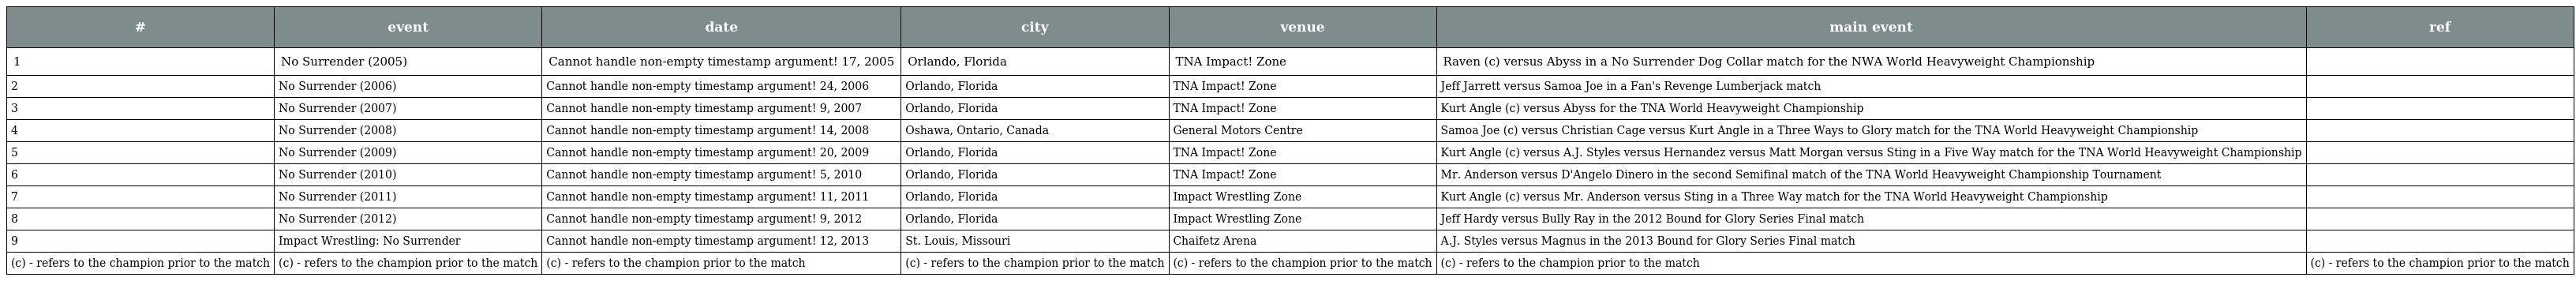
| # | event | date | city | venue | main event | ref |
 | --- | --- | --- | --- | --- | --- | --- |
 | 1 | No Surrender (2005) | Cannot handle non-empty timestamp argument! 17, 2005 | Orlando, Florida | TNA Impact! Zone | Raven (c) versus Abyss in a No Surrender Dog Collar match for the NWA World Heavyweight Championship |  |
 | 2 | No Surrender (2006) | Cannot handle non-empty timestamp argument! 24, 2006 | Orlando, Florida | TNA Impact! Zone | Jeff Jarrett versus Samoa Joe in a Fan's Revenge Lumberjack match |  |
 | 3 | No Surrender (2007) | Cannot handle non-empty timestamp argument! 9, 2007 | Orlando, Florida | TNA Impact! Zone | Kurt Angle (c) versus Abyss for the TNA World Heavyweight Championship |  |
 | 4 | No Surrender (2008) | Cannot handle non-empty timestamp argument! 14, 2008 | Oshawa, Ontario, Canada | General Motors Centre | Samoa Joe (c) versus Christian Cage versus Kurt Angle in a Three Ways to Glory match for the TNA World Heavyweight Championship |  |
 | 5 | No Surrender (2009) | Cannot handle non-empty timestamp argument! 20, 2009 | Orlando, Florida | TNA Impact! Zone | Kurt Angle (c) versus A.J. Styles versus Hernandez versus Matt Morgan versus Sting in a Five Way match for the TNA World Heavyweight Championship |  |
 | 6 | No Surrender (2010) | Cannot handle non-empty timestamp argument! 5, 2010 | Orlando, Florida | TNA Impact! Zone | Mr. Anderson versus D'Angelo Dinero in the second Semifinal match of the TNA World Heavyweight Championship Tournament |  |
 | 7 | No Surrender (2011) | Cannot handle non-empty timestamp argument! 11, 2011 | Orlando, Florida | Impact Wrestling Zone | Kurt Angle (c) versus Mr. Anderson versus Sting in a Three Way match for the TNA World Heavyweight Championship |  |
 | 8 | No Surrender (2012) | Cannot handle non-empty timestamp argument! 9, 2012 | Orlando, Florida | Impact Wrestling Zone | Jeff Hardy versus Bully Ray in the 2012 Bound for Glory Series Final match |  |
 | 9 | Impact Wrestling: No Surrender | Cannot handle non-empty timestamp argument! 12, 2013 | St. Louis, Missouri | Chaifetz Arena | A.J. Styles versus Magnus in the 2013 Bound for Glory Series Final match |  |
 | (c) - refers to the champion prior to the match | (c) - refers to the champion prior to the match | (c) - refers to the champion prior to the match | (c) - refers to the champion prior to the match | (c) - refers to the champion prior to the match | (c) - refers to the champion prior to the match | (c) - refers to the champion prior to the match |